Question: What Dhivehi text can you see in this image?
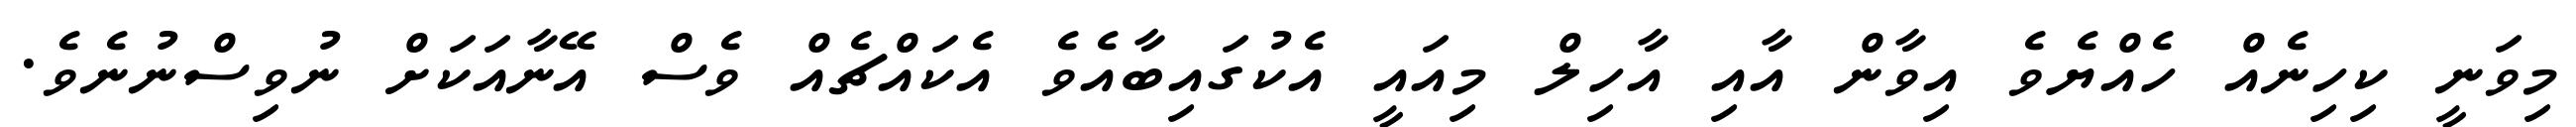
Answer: މިވަނީ ކިހިނެއް ހެއްޔެވެ އިވާން އާއި އާހިލް މިއައީ އެކުގައިބާއެވެ އެކައްޗެއް ވެސް އޭނާއަކަށް ނުވިސްނުނެވެ.